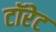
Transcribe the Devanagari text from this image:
टॉरेट